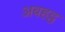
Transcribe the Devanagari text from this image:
अबहट्ठ